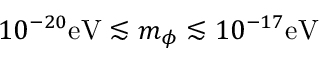
1 0 ^ { - 2 0 } \mathrm { e V } \lesssim m _ { \phi } \lesssim 1 0 ^ { - 1 7 } \mathrm { e V }